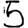
Digit: 5